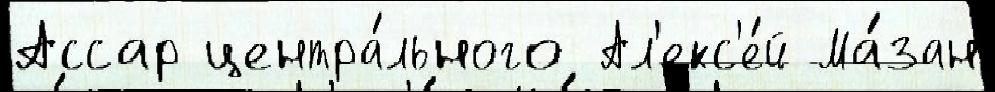
Ассар центра́льного Ал'екс'е́й Ма́зан